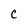
Character: C